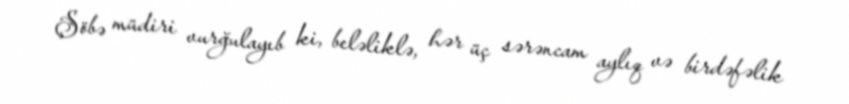
Şöbə müdiri vurğulayıb ki, beləliklə, hər üç sərəncam aylıq və birdəfəlik